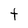
Character: t